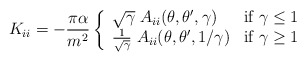
\begin{align*}K_{ii}=-\frac{\pi\alpha}{m^2}\left\{\begin{array}{ll}\sqrt{\gamma} \;A_{ii}(\theta,\theta',\gamma) & \mbox{if $\gamma\leq 1$}\\{1\over\sqrt\gamma}\;A_{ii}(\theta,\theta',1/\gamma) & \mbox{if $\gamma\geq 1$}\end{array}\right.\end{align*}